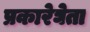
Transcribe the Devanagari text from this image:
प्रकारेघेता